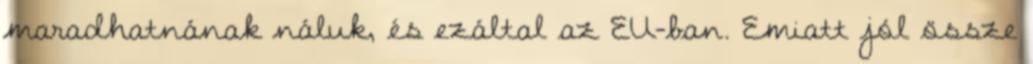
maradhatnának náluk, és ezáltal az EU-ban. Emiatt jól össze